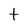
Character: t